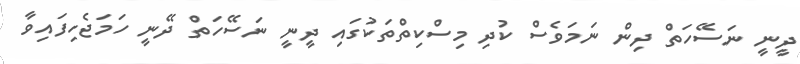
ދީނީ ނަސޭހަތް ދިން ނަމަވެސް ކުދި މިސްކިތްތަކުގައި ދީނީ ނަސޭހަތް ދޭނީ ހަމަޖެހިފައިވާ